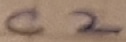
Text: C2